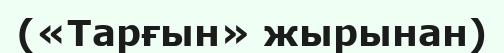
(«Тарғын» жырынан)